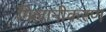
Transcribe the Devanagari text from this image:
मिलानीकरण